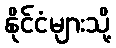
နိုင်ငံများသို့